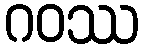
ဂဝဿ